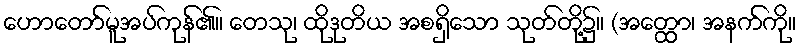
ဟောတော်မူအပ်ကုန်၏။ တေသု၊ ထိုဒုတိယ အစရှိသော သုတ်တို့၌။ (အတ္ထော၊ အနက်ကို။